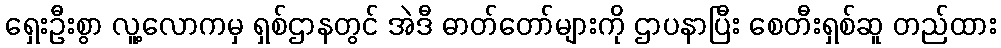
ရှေးဦးစွာ လူ့လောကမှ ရှစ်ဌာနတွင် အဲဒီ ဓာတ်တော်များကို ဌာပနာပြီး စေတီးရှစ်ဆူ တည်ထား